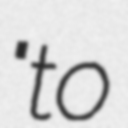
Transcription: "to